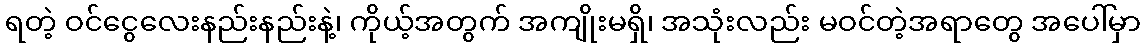
ရတဲ့ ဝင်ငွေလေးနည်းနည်းနဲ့၊ ကိုယ့်အတွက် အကျိုးမရှိ၊ အသုံးလည်း မဝင်တဲ့အရာတွေ အပေါ်မှာ